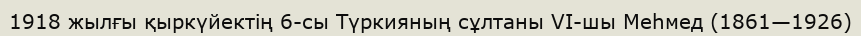
1918 жылғы қыркүйектің 6-сы Түркияның сұлтаны VІ-шы Меһмед (1861—1926)